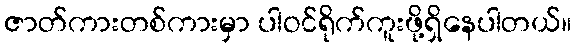
ဇာတ်ကားတစ်ကားမှာ ပါဝင်ရိုက်ကူးဖို့ရှိနေပါတယ်။